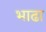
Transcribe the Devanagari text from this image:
भाढा